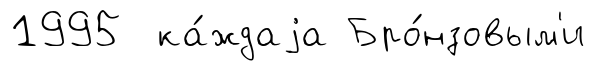
1995 ка́ждаjа Бро́нзовым'и